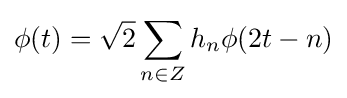
\phi (t)={\sqrt {2}}\sum _{n\in Z}h_{n}\phi (2t-n)